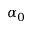
\alpha _ { 0 }